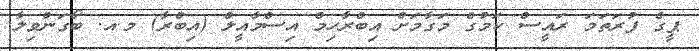
ޕީގެ ފުރަތަމަ ރައީސް ކަމުގެ މަގާމަށް އިބްރާހިމް އިސްމާއީލް (އިބްރާ) މ.އ. ބޯގަންވިލާ